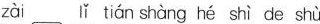
zài lǐ tián shàng hé shì de shù